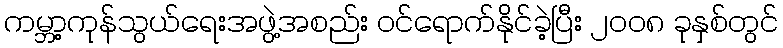
ကမ္ဘာ့ကုန်သွယ်ရေးအဖွဲ့အစည်း ဝင်ရောက်နိုင်ခဲ့ပြီး ၂၀၀၈ ခုနှစ်တွင်